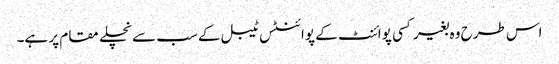
اس طرح وہ بغیر کسی پوائنٹ کے پوائنٹس ٹیبل کے سب سے نچلے مقام پر ہے۔